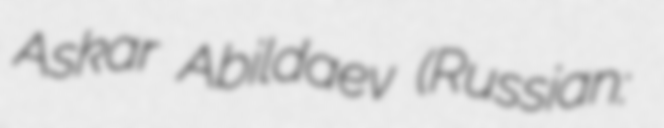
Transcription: Askar Abildaev (Russian: Аскар